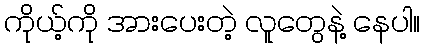
ကိုယ့်ကို အားပေးတဲ့ လူတွေနဲ့ နေပါ။